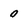
Character: 0